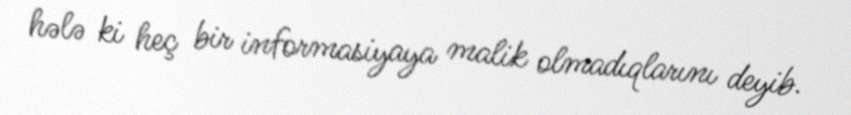
hələ ki heç bir informasiyaya malik olmadıqlarını deyib.